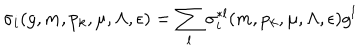
\sigma _ { i } ( g , m , p _ { k } , \mu , \Lambda , \epsilon ) = \sum _ { l } \sigma _ { i } ^ { * l } ( m , p _ { k } , \mu , \Lambda , \epsilon ) g ^ { l } ~